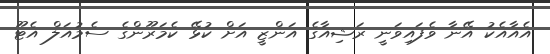
އެއާއެކު އޭނާ ވެފައިވަނީ ރަޝިއާގެ އަންޒީ އަށް ކުޅޭ ކެމަރޫންގެ ސެމުއަލް އެޓޫ